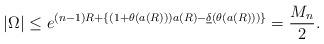
LaTeX: \begin{align*}|\Omega| \le e^{(n-1) R + \left\{ (1+\theta(a(R ))) a(R ) - \underline{\delta}(\theta(a(R ))) \right\}} = \frac{M_n}{2}.\end{align*}